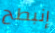
إنبطح